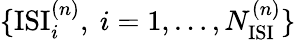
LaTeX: \{ \mathrm{ISI}_{i}^{(n)},~i=1,\dots,N_{\mathrm{ISI}}^{(n)}\}